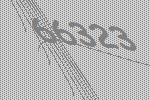
66323